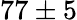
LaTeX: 77\pm 5